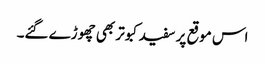
اس موقع پر سفید کبوتر بھی چھوڑے گئے۔